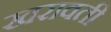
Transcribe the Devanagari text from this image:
खरावती